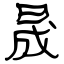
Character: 晟